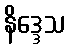
နိဒ္ဒေသ